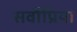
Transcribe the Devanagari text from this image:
सर्वोप्रिया